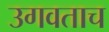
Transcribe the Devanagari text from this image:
उगवताच